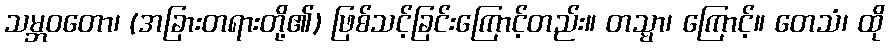
သမ္ဘဝတော၊ (အခြားတရားတို့၏) ဖြစ်သင့်ခြင်းကြောင့်တည်း။ တသ္မာ၊ ကြောင့်။ တေသံ၊ ထို